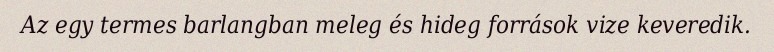
Az egy termes barlangban meleg és hideg források vize keveredik.